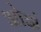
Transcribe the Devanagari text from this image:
ओझं